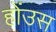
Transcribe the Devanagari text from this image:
होंउस